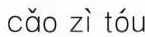
cǎo zì tóu